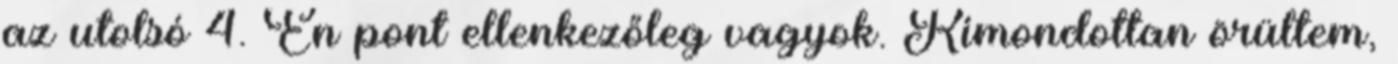
az utolsó 4. Én pont ellenkezőleg vagyok. Kimondottan örültem,